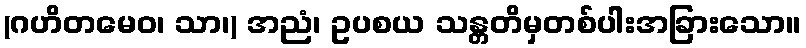
(ဂဟိတမေဝ၊ သာ၊) အညံ၊ ဥပစယ သန္တတိမှတစ်ပါးအခြားသော။